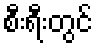
စီးရီးတွင်